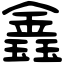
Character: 𨫎